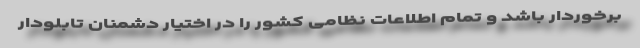
برخوردار باشد و تمام اطلاعات نظامی کشور را در اختیار دشمنان تابلودار